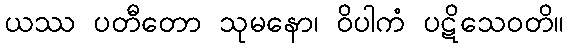
ယဿ ပတီတော သုမနော၊ ဝိပါကံ ပဋိသေဝတိ။